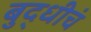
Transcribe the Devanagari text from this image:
बुद्धीचं